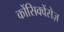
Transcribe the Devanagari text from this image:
कोंसिक्वेंसेज़